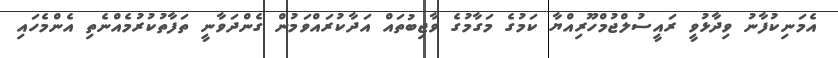
އެމަނިކުފާނު ވިދާޅުވީ ރައީސުލްޖުމްހޫރިއްޔާ ކަމުގެ މަގާމުގެ ވާޖިބުތައް އަދާކުރައްވަމުން ގެންދަވާނީ ތަފާތުކުރުމެއްނެތި އެންމެހައި